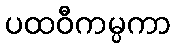
ပထဝီကမ္ပကာ